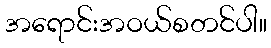
အရောင်းအဝယ်စတင်ပါ။